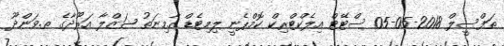
ތަފްސީލް 2018-05-05 ސްޓޭޓް އިލެކްޓްރިކް ކޮމްޕެނީ ލިމިޓެޑް އާމިނަތު ޝަޒްލާ އަރޫދާގެ ތ.ވަންދޫ